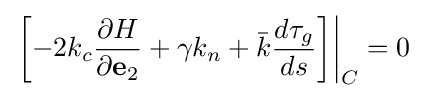
\left.\left[-2k_{c}{\frac {\partial H}{\partial \mathbf {e} _{2}}}+\gamma k_{n}+{\bar {k}}{\frac {d\tau _{g}}{ds}}\right]\right\vert _{C}=0